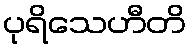
ပုရိသေဟီတိ